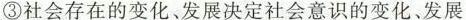
③社会存在的变化、发展决定社会意识的变化、发展